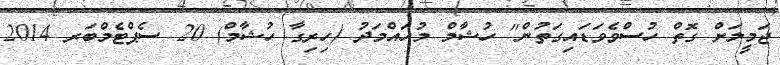
ޖަމީލަށް ގޮތް ހުސްވެވަޑައިގަތުން" ހުޝާމް މުހައްމަދު (ހިރިގާ ހުޝާމް) 20 ސެޕްޓެމްބަރ 2014